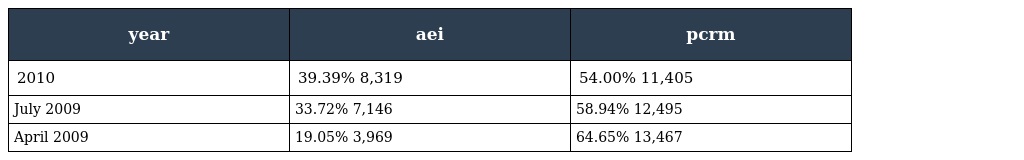
| year | aei | pcrm |
 | --- | --- | --- |
 | 2010 | 39.39% 8,319 | 54.00% 11,405 |
 | July 2009 | 33.72% 7,146 | 58.94% 12,495 |
 | April 2009 | 19.05% 3,969 | 64.65% 13,467 |